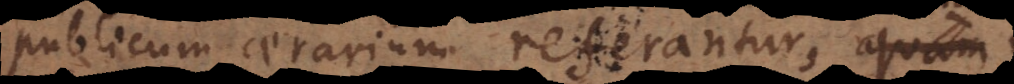
publicum aerarium referantur, tum